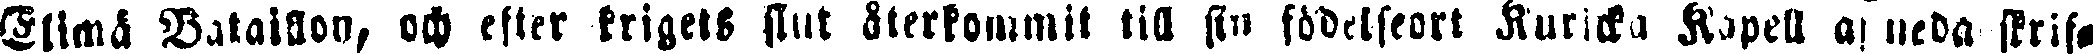
Elimä Bataillon, och efter krigets slut återkommit till sin födelseort Kuricka Kapell af neda skrif-